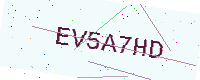
Text: EV5A7HD